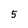
Character: 5